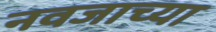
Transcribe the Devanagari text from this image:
नवजाच्या